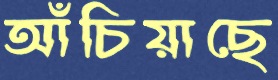
আঁচিয়াছে